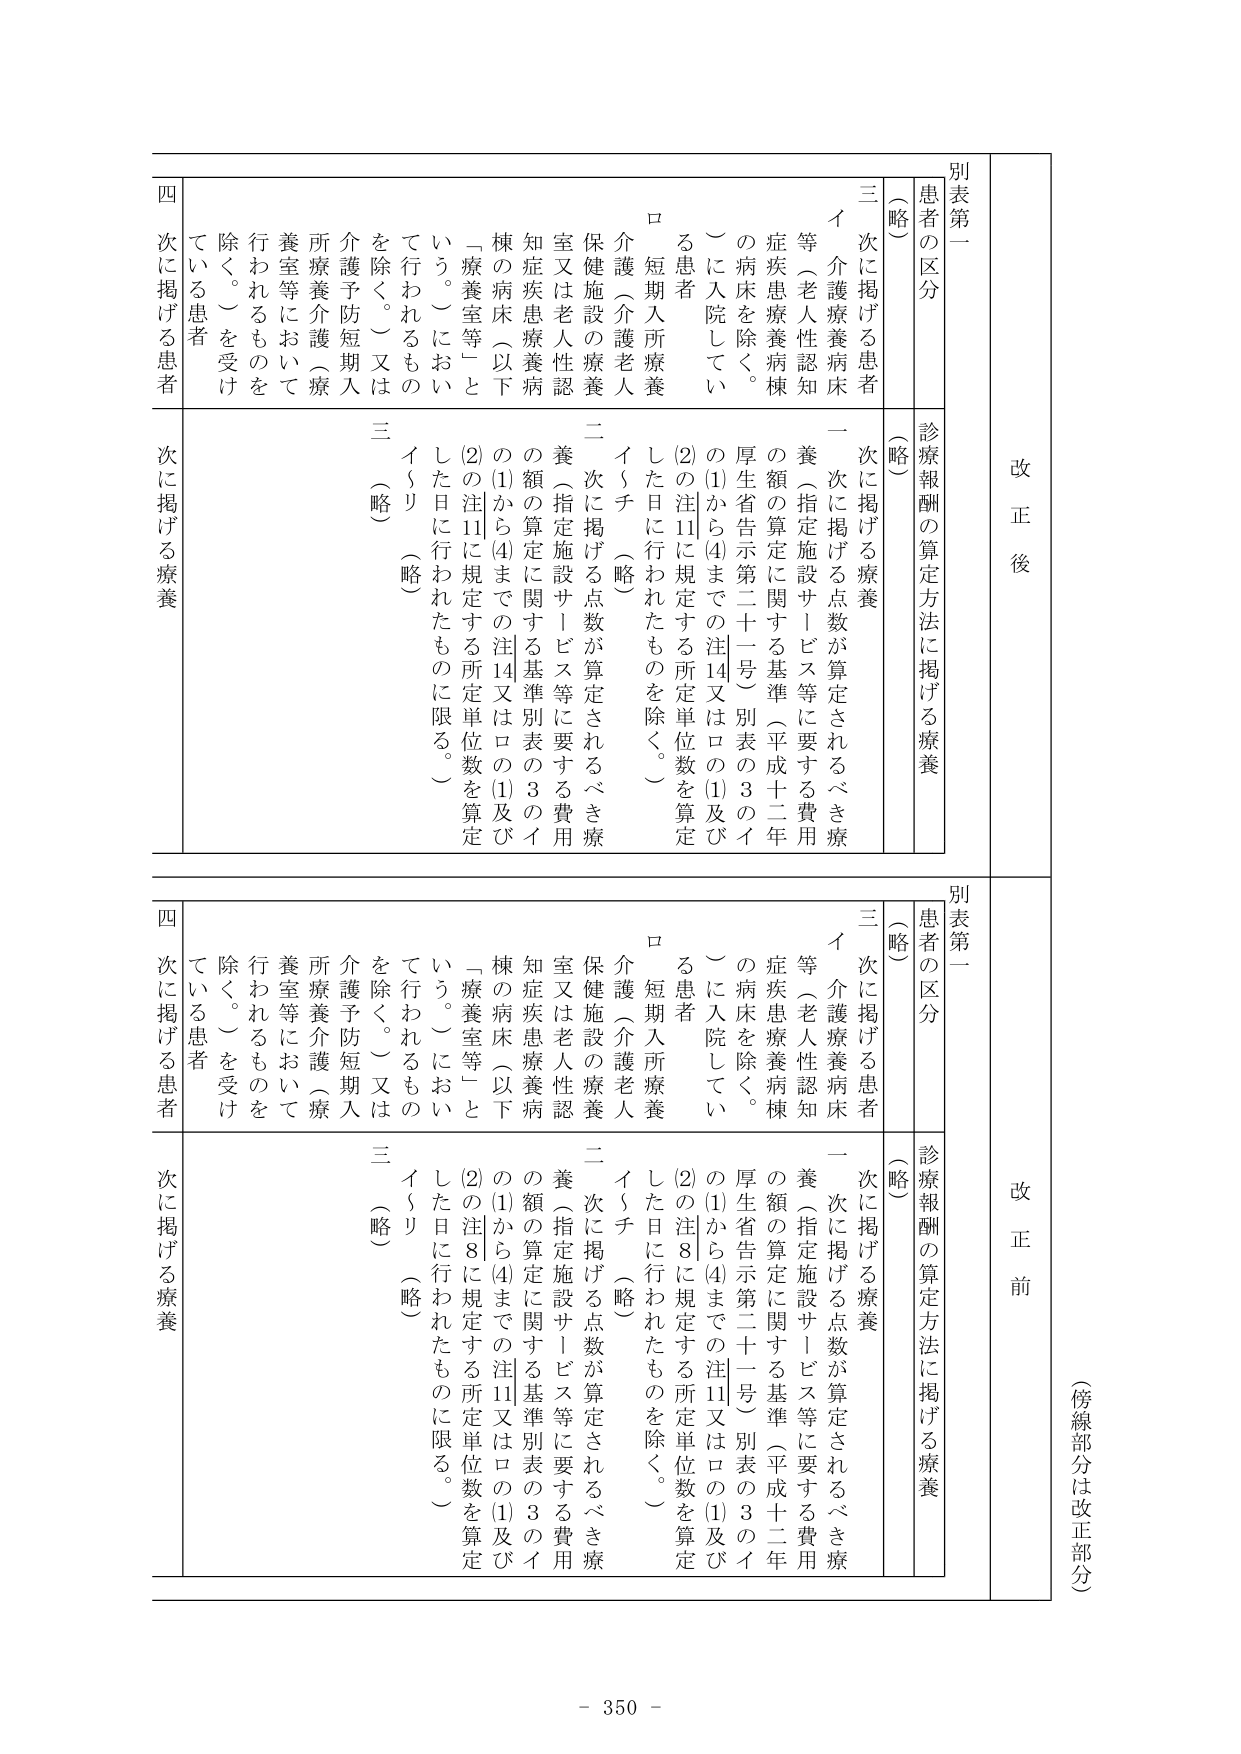
（傍線部分は改正部分）

改正後

別表第一

患者の区分

診療報酬の算定方法に掲げる療養

（略）

三 次に掲げる患者

イ 介護療養病床等（老人性認知症疾患療養病棟の病床を除く。）に入院している患者

ロ 短期入所療養介護（介護老人保健施設の療養室又は老人性認知症疾患療養病棟の病床（以下「療養室等」という。）において行われるものを除く。）又は介護予防短期入所療養介護（療養室等において行われるものを除く。）を受けている患者

四 次に掲げる患者

次に掲げる療養

二 次に掲げる点数が算定されるべき療養（指定施設サービス等に要する費用の額の算定に関する基準（平成十二年厚生省告示第二十一号）別表の３のイの(1)から(4)までの注14又はロの(1)及び(2)の注11に規定する所定単位数を算定した日に行われたものを除く。）

イ～チ （略）

三 （略）

（略）

改正前

別表第一

患者の区分

診療報酬の算定方法に掲げる療養

（略）

三 次に掲げる患者

イ 介護療養病床等（老人性認知症疾患療養病棟の病床を除く。）に入院している患者

ロ 短期入所療養介護（介護老人保健施設の療養室又は老人性認知症疾患療養病棟の病床（以下「療養室等」という。）において行われるものを除く。）又は介護予防短期入所療養介護（療養室等において行われるものを除く。）を受けている患者

四 次に掲げる患者

次に掲げる療養

二 次に掲げる点数が算定されるべき療養（指定施設サービス等に要する費用の額の算定に関する基準別表の３のイの(1)から(4)までの注11又はロの(1)及び(2)の注8に規定する所定単位数を算定した日に行われたものに限る。）

イ～チ （略）

三 （略）

（略）

- 350 -